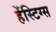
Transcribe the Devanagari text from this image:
हेंस्टिग्स